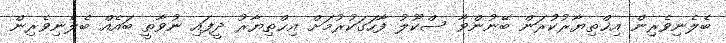
ބެލެނިވެރިން އިޚްތިޔާރުކުރަން ބޭނުންވާ ސްކޫލު ފާހަގަކުރުމަށް އިޚްތިޔާރު ދީފައި ނުވާތީ ބައެއް ބެލެނިވެރިން